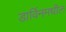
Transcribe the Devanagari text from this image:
डार्विनमधील